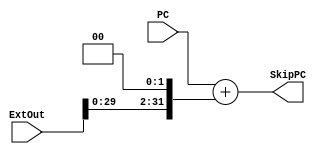
module Skip_PC(
	input [31:0] PC,
	input [31:0] ExtOut,
	output [31:0] SkipPC
);
	assign SkipPC=PC+(ExtOut<<2);
endmodule